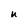
Character: U